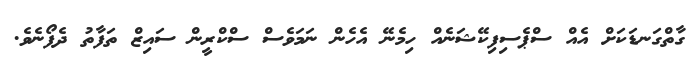
ގާތްގަނޑަކަށް އެއް ސްޕެސިފިކޭޝަނެއް ހިމެނޭ އެހެން ނަމަވެސް ސްކްރީން ސައިޒް ތަފާތު ދެފޯނެވެ.